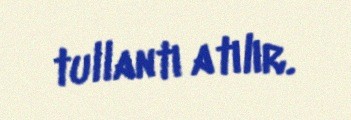
tullantı atılır.